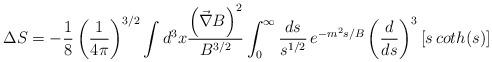
LaTeX: \begin{align*}\Delta S= -\frac{1}{8}\left({1\over 4\pi}\right)^{3/2} \int d^3x{\left(\vec{\nabla} B\right)^2 \over B^{3/2}}\int_0^\infty {ds\over s^{1/2}}\,e^{-m^2s/B} \left({d\over ds}\right)^3\left[s\,coth(s)\right]\end{align*}